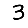
Digit: 3